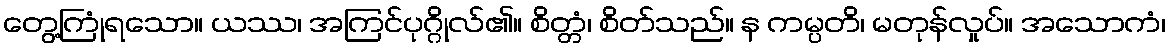
တွေ့ကြုံရသော။ ယဿ၊ အကြင်ပုဂ္ဂိုလ်၏။ စိတ္တံ၊ စိတ်သည်။ န ကမ္ပတိ၊ မတုန်လှုပ်။ အသောကံ၊